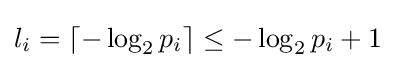
l_{i}=\lceil -\log _{2}p_{i}\rceil \leq -\log _{2}p_{i}+1